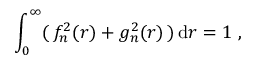
\int _ { 0 } ^ { \infty } ( \, f _ { n } ^ { 2 } ( r ) + g _ { n } ^ { 2 } ( r ) \, ) \, \mathrm { d } r = 1 ~ ,